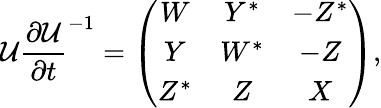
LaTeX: {\cal U}\frac{\partial{\cal U}}{\partial t}^{-1}=\left(\begin{array}{ccc}{{W}}&{{Y^{*}}}&{{-Z^{*}}}\\ {{Y}}&{{W^{*}}}&{{-Z}}\\ {{Z^{*}}}&{{Z}}&{{X}}\end{array}\right),